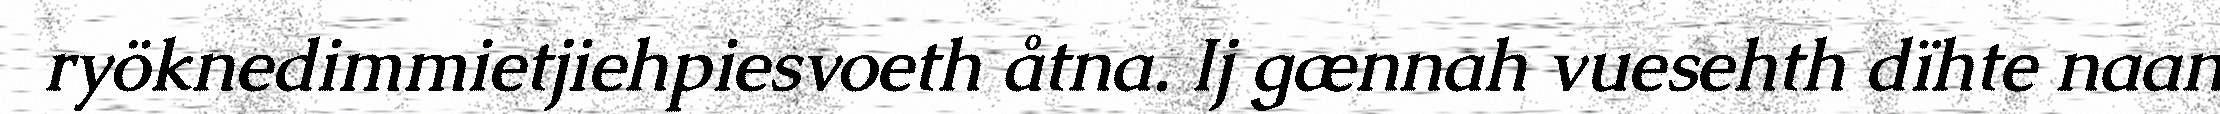
ryöknedimmietjiehpiesvoeth åtna. Ij gænnah vuesehth dïhte naan